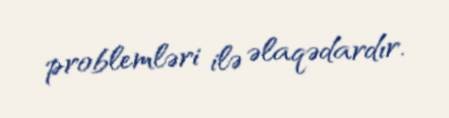
problemləri ilə əlaqədardır.